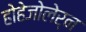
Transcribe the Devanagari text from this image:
होहेजोलेर्न